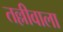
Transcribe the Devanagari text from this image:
तल्लीवाला